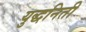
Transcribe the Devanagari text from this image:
युद्धनिती